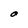
Character: O